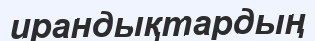
ирандықтардың